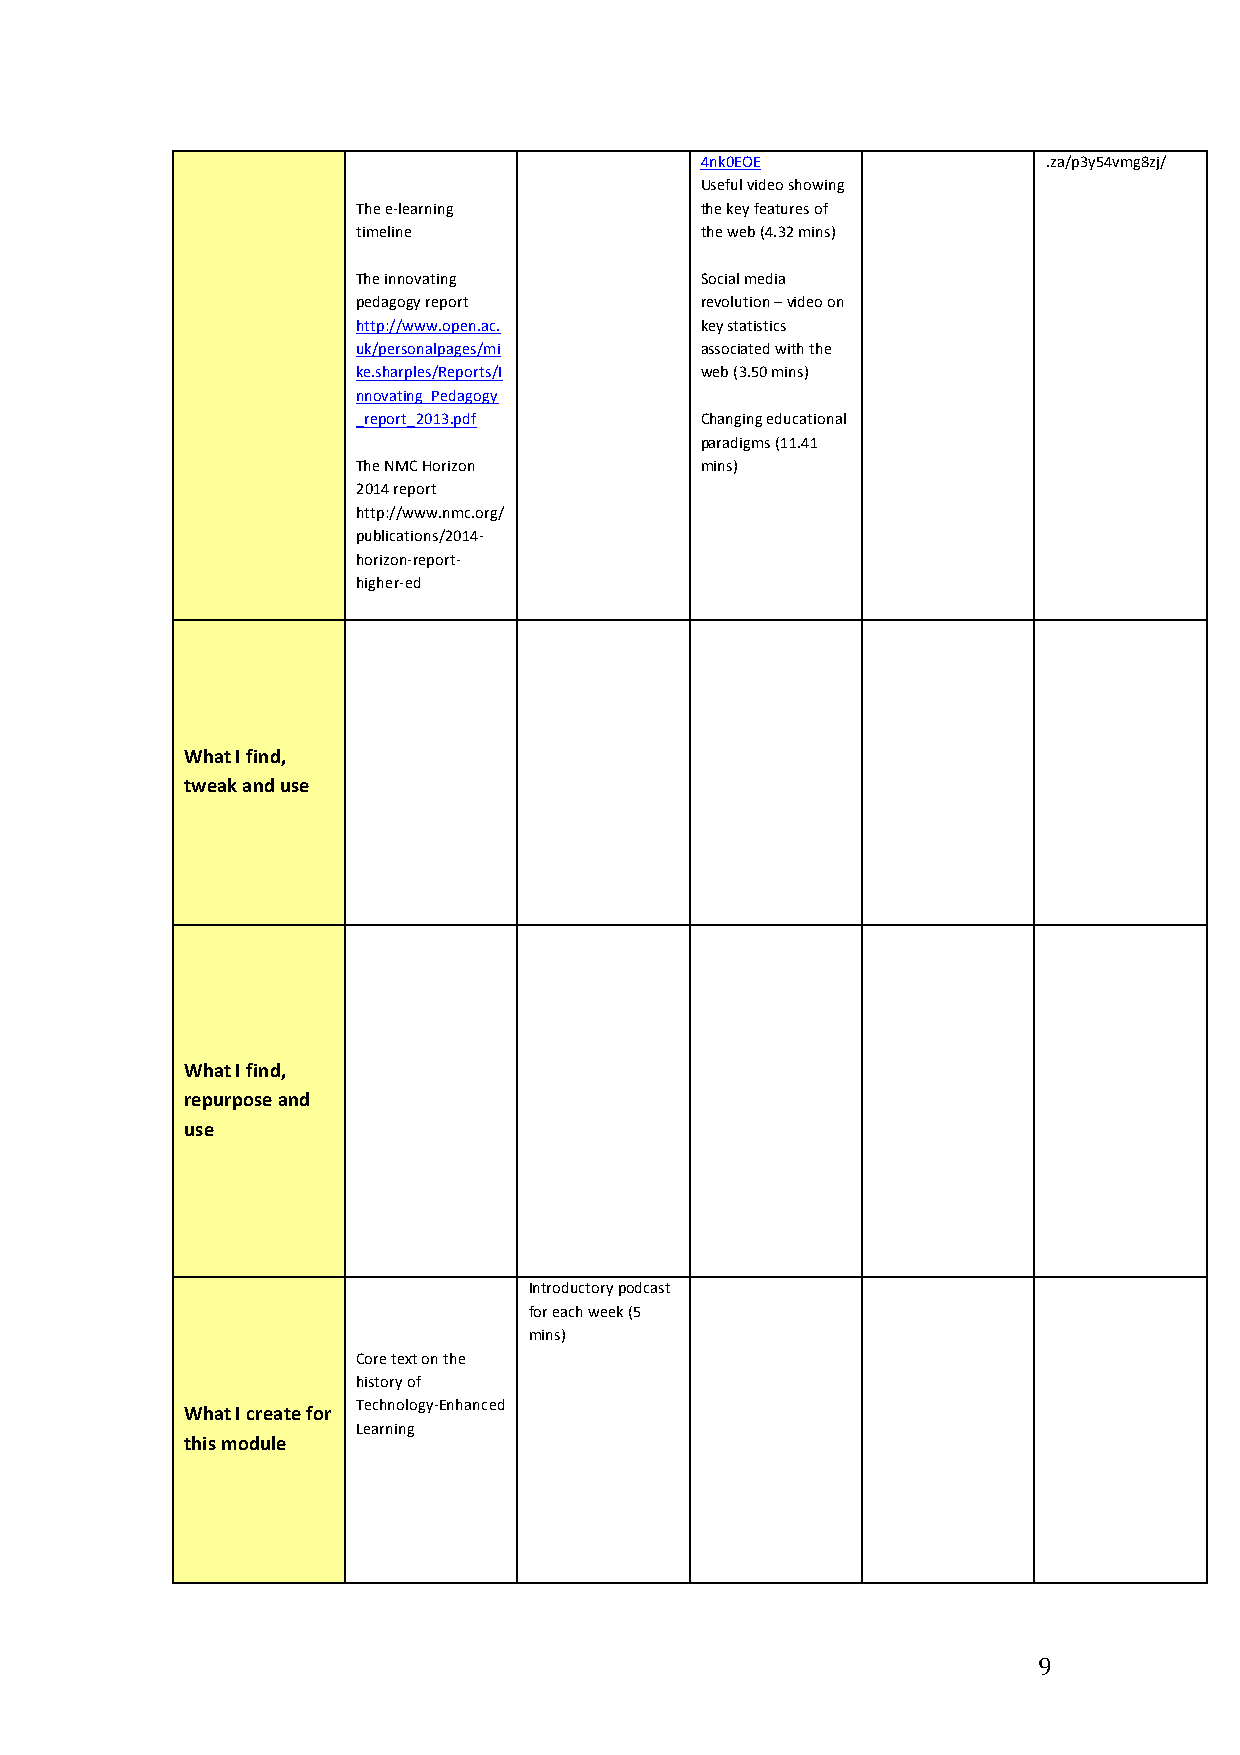
4nk0EOE                .za/p3y54vmg8zj/
 Useful video showing
 The e-­‐learning      the key features of
 timeline              the web (4.32 mins)
 The innovating        Social media
 pedagogy report       revolution – video on
 http://www.open.ac.   key statistics
 uk/personalpages/mi   associated with the
 ke.sharples/Reports/I web (3.50 mins)
 nnovating_Pedagogy
 _report_2013.pdf      Changing educational
 paradigms (11.41
 The NMC Horizon       mins)
 2014 report
 http://www.nmc.org/
 publications/2014-­‐
 horizon-­‐report-­‐
 higher-­‐ed
 What I find,
 tweak and use
 What I find,
 repurpose and
 use
 Introductory podcast
 for each week (5
 mins)
 Core text on the
 history of
 Technology-­‐Enhanced
 What I create for
 Learning
 this module
 9